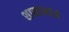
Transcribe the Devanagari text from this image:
शास्त्रज्ञांने